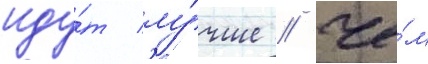
иду́т лу́чше / че́м